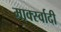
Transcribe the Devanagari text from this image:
मार्क्स्वादी